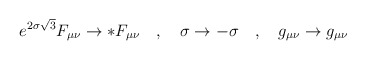
\begin{align*}e^{2\sigma\sqrt{3}}F_{\mu\nu} \rightarrow *F_{\mu\nu} \quad,\quad \sigma\rightarrow-\sigma \quad,\quad g_{\mu\nu} \rightarrow g_{\mu\nu}\end{align*}